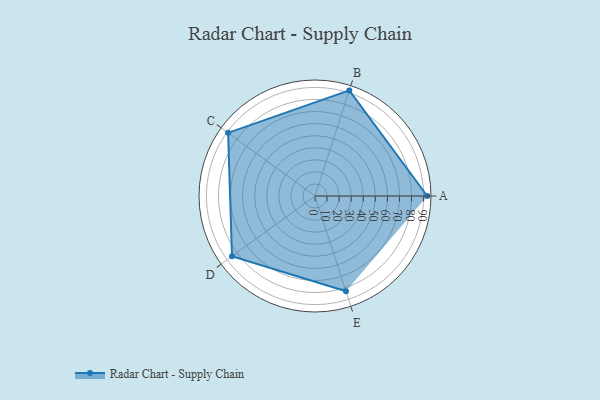
{"axis": {"x": "Skill", "y": "Score"}, "legend": ["Profile"], "data": [{"x": "A", "y": 93.0, "type": "Profile"}, {"x": "B", "y": 92.0, "type": "Profile"}, {"x": "C", "y": 89.0, "type": "Profile"}, {"x": "D", "y": 85.0, "type": "Profile"}, {"x": "E", "y": 83.0, "type": "Profile"}]}